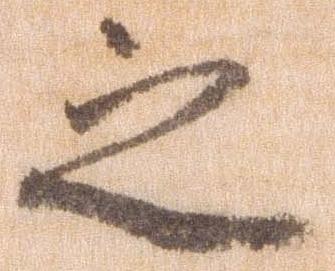
之